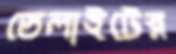
ডেলাইটের